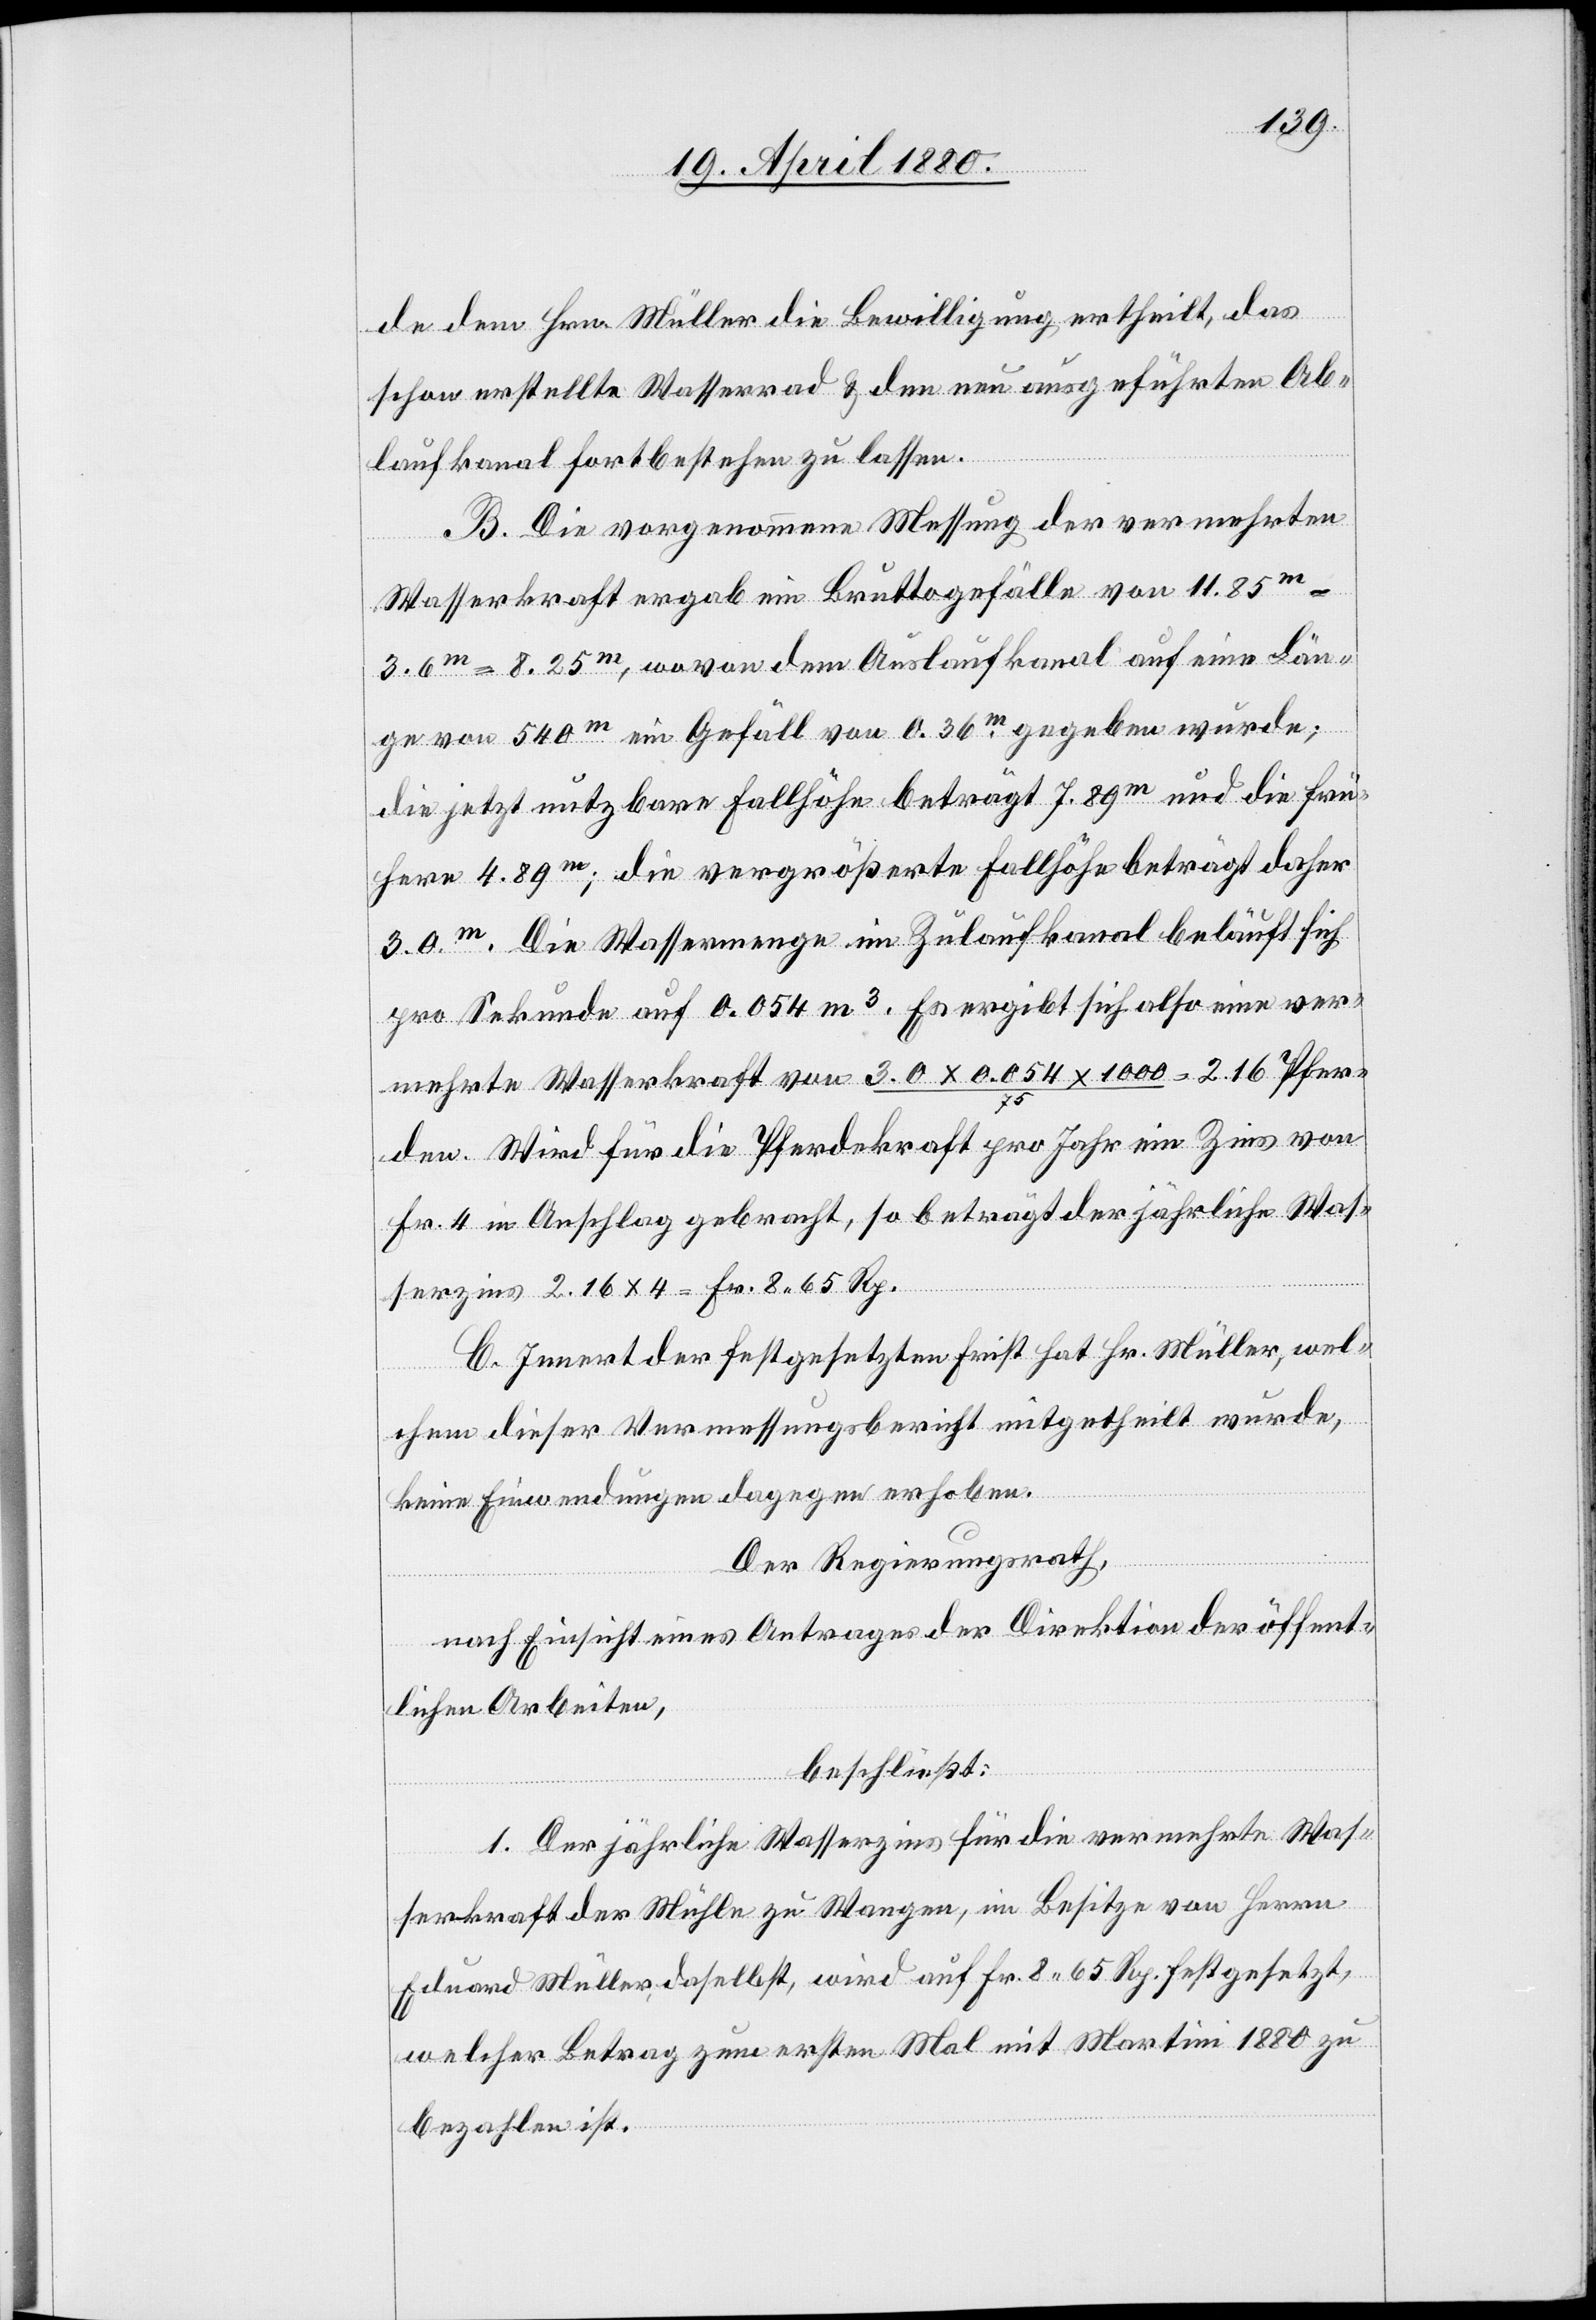
de dem Hrn. Müller die Bewilligung ertheilt, das
schon erstellte Wasserrad & den neu ausgeführten Ab¬
laufkanal fortbestehen zu lassen.
B. Die vorgenommene Messung der vermehrten
Wasserkraft ergab ein Bruttogefälle von 11.85m
3.6m = 8.25m, wovon dem Auslaufkanal auf eine Län¬
ge von 540m ein Gefäll von 0.36m gegeben wurde;
die jetzt nutzbare Fallhöhe beträgt 7.89m und die frü¬
here 4.89m; die vergrößerte Fallhöhe beträgt daher
3.0m. Die Wassermenge im Zulaufkanal beläuft sich
pro Sekunde auf 0.054m3. Es ergibt sich also eine ver¬
mehrte Wasserkraft von 3.0 x 0.054 x 1000/75 = 2.16 Pfer¬
den. Wird für die Pferdekraft pro Jahr ein Zins von
Fr. 4 in Anschlag gebracht, so beträgt der jährliche Was¬
serzins 2.16 x 4 = Fr. 8.65 Rp.
C. Innert der festgesetzten Frist hat Hr. Müller, wel¬
chem dieser Vermessungsbericht mitgetheilt wurde,
keine Einwendungen dagegen erhoben.
Der Regierungsrath,
nach Einsicht eines Antrages der Direktion der öffent¬
lichen Arbeiten,
beschließt:
1. Der jährliche Wasserzins für die vermehrte Was¬
serkraft der Mühle zu Wangen, im Besitze von Herrn
Eduard Müller, daselbst, wird auf Fr. 8. 65 Rp. festgesetzt,
welcher Betrag zum ersten Mal mit Martini 1880 zu
bezahlen ist.